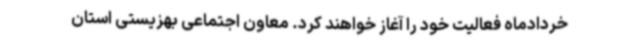
خردادماه فعالیت خود را آغاز خواهند کرد. معاون اجتماعی بهزیستی استان